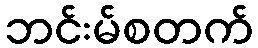
ဘင်းမ်စတက်